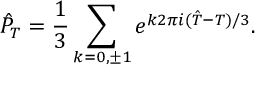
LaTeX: \hat { P } _ { \cal T } = \frac { 1 } { 3 } \sum _ { k = 0 , \pm 1 } e ^ { k 2 \pi i ( \hat { \cal T } - { \cal T } ) / 3 } .